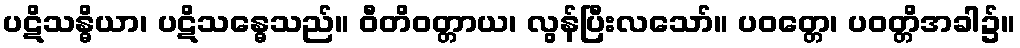
ပဋိသန္ဓိယာ၊ ပဋိသန္ဓေသည်။ ဝီတိဝတ္တာယ၊ လွန်ပြီးလသော်။ ပဝတ္တေ၊ ပဝတ္တိအခါ၌။